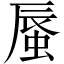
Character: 蜃